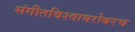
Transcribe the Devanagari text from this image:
संगीतविश्वावरोबरच